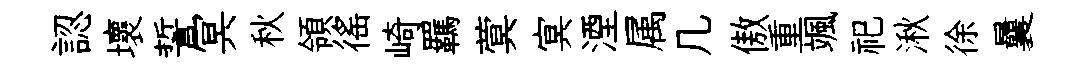
認壞誓冥秋領徭崎羈蓂㝠湮属几傲重颯祀湫徐曩